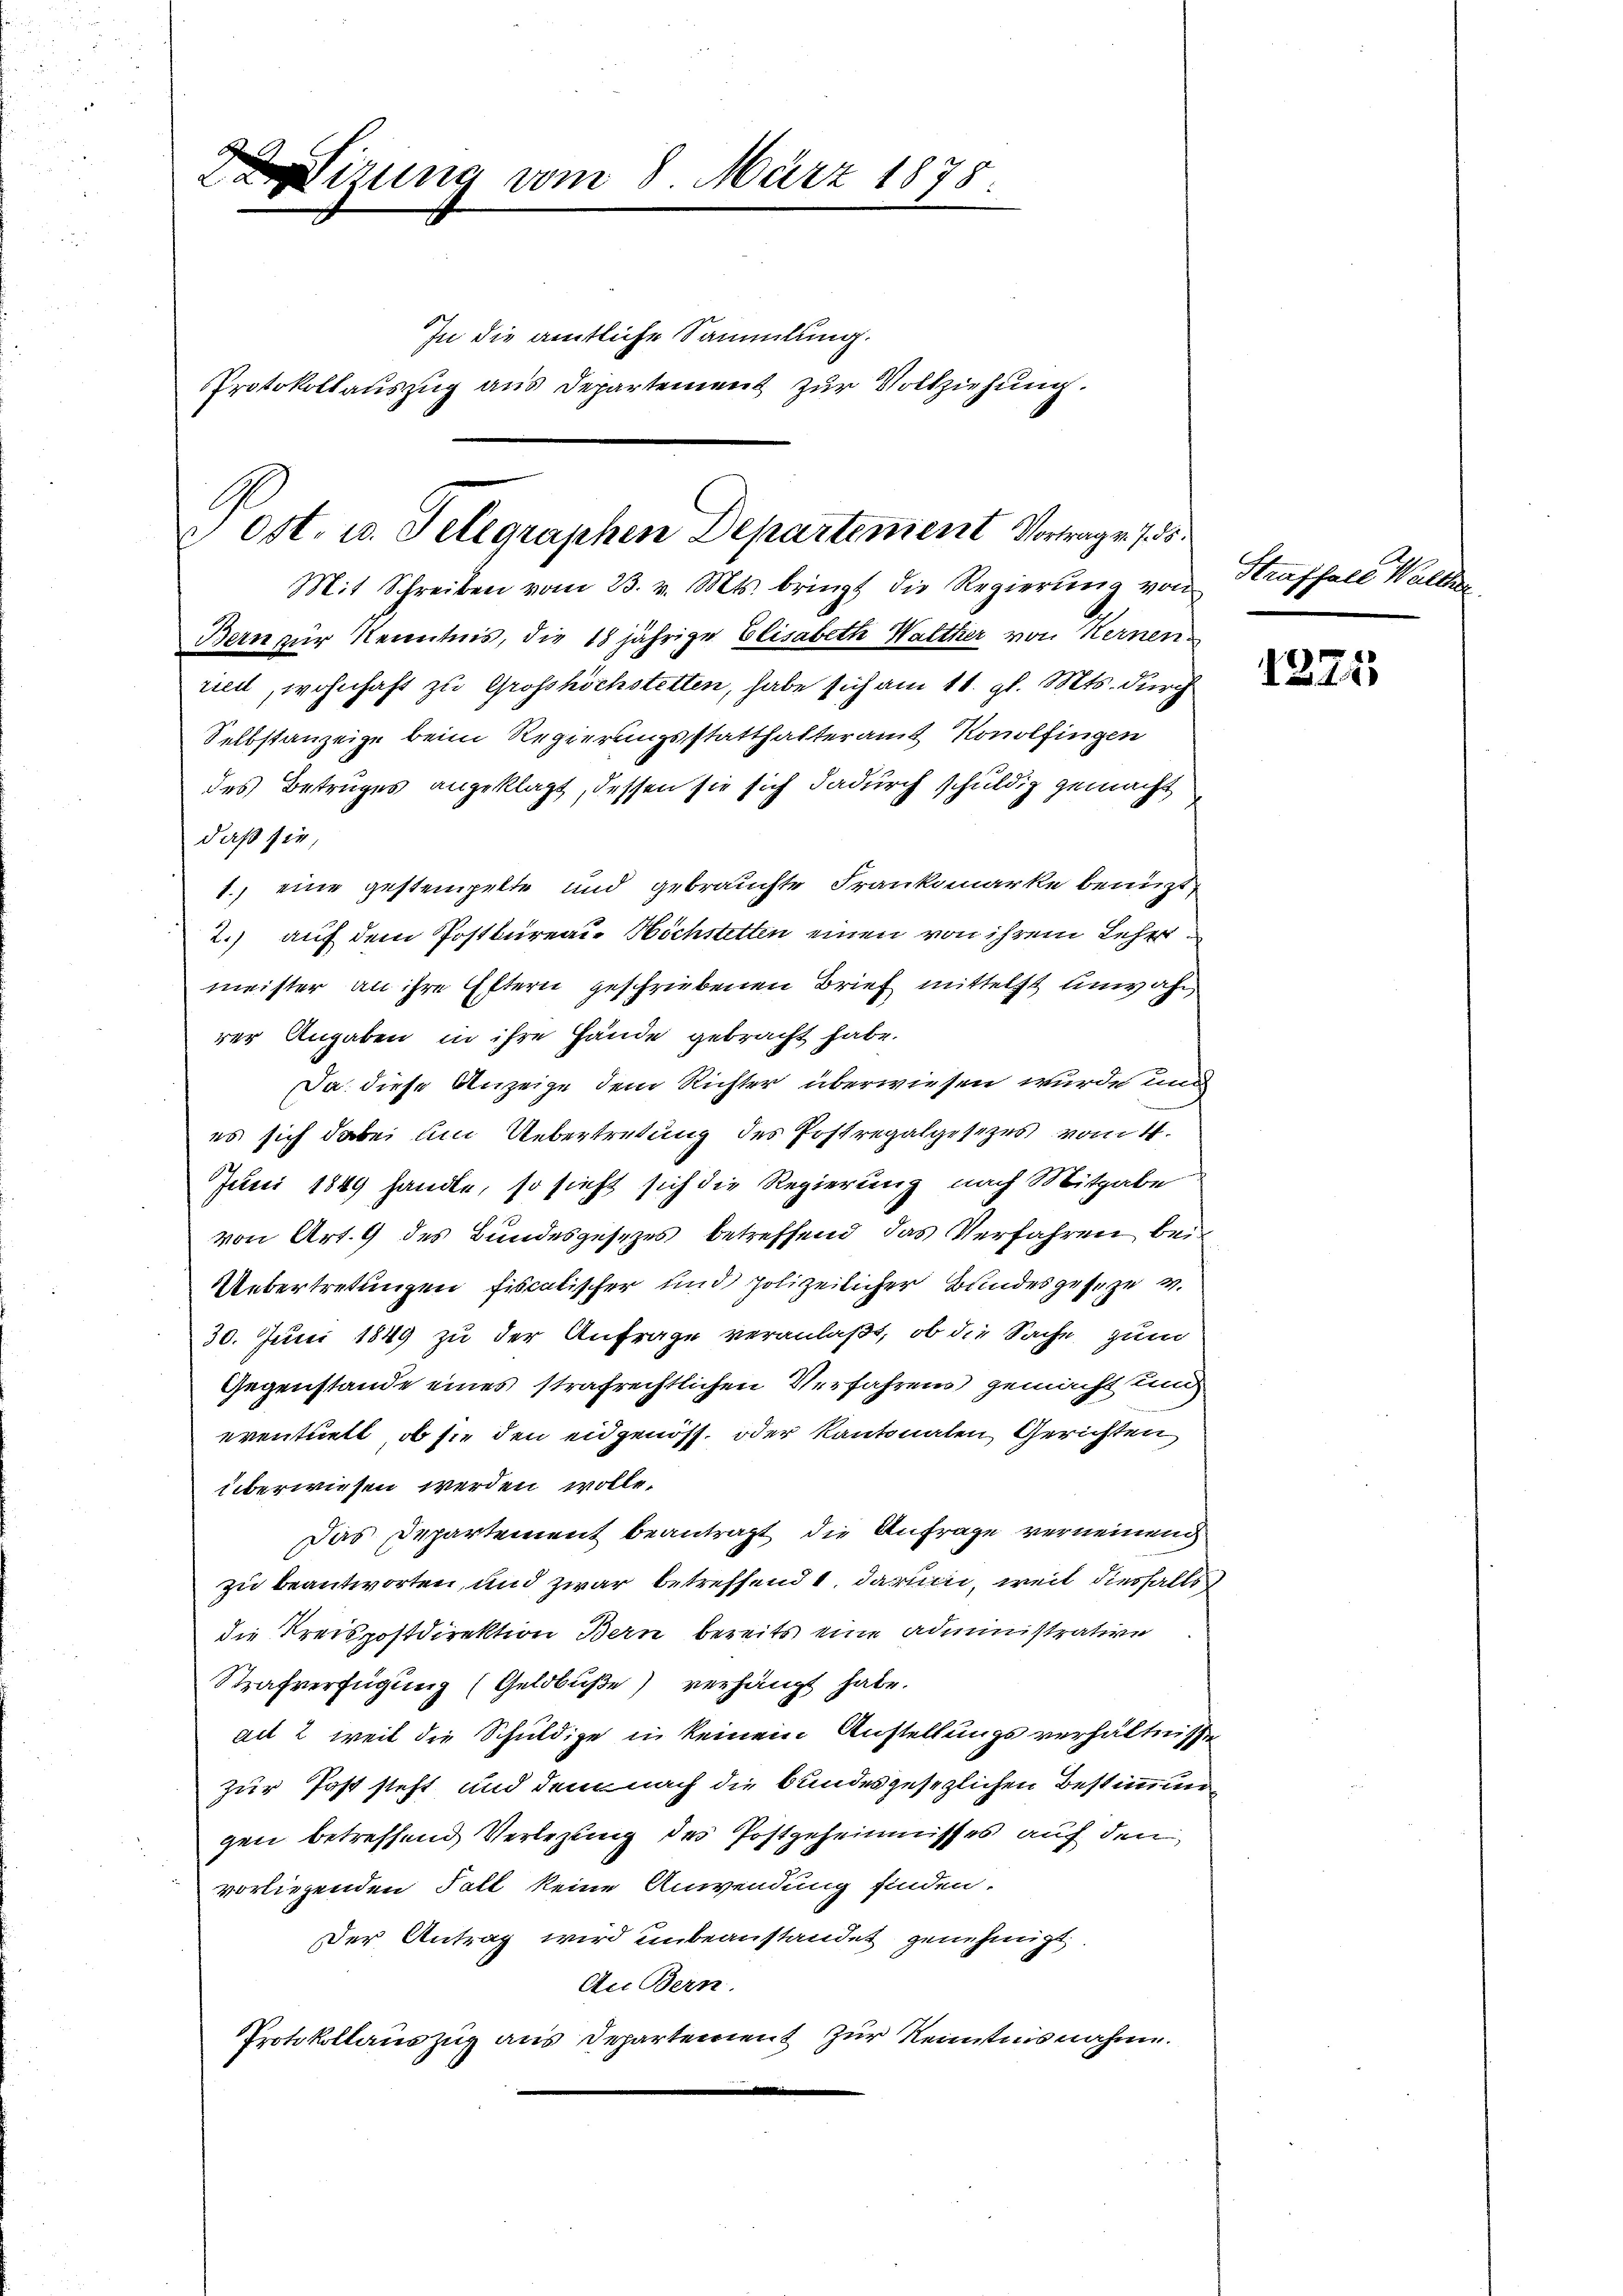
izung vom 8. März 1878
In die amtliche Sammlung.
Protokollauszug aus Departement zur Vollziehung.

Ost. u. Telegraphen Departement Vortrage 7. ds.
Mit Schreiben vom 23. v. Mts. bringt die Regierŭng von
Bern zur Kenntnis, die 18 jährige Elisabeth Walther von Kernen¬

ried, wohnhaft zu Grosshöchstetten, habe sich am 11. gl. Mts. durch
Selbstanzeige beim Regierungsstatthalteramt Konolfingen
des Betruges angeklagt, dessen sie sich dadurch schuldig gemacht
daß sie,
1., eine gestempelte und gebrauchte Frankmarke benuzt
2.) auf dem Postbureau- Höchstetten einen von ihrem Lehrmeister an ihre Eltern geschriebenen Brief mittelst unwahr
rer Angaben in ihre Hände gebracht habe.
Da diese Anzeige dem Richter überwiesen wurde und
es sich dabei um Uebertretung des Postregalgesetzes vom 4.
Juni 1849 handle, so sieht sich die Regierung nach Mitgabe
von Art. 9 des Bundesgesezes betreffend das Verfahren bei
Uebertretungen fiscalischer und polizeilicher Bundesgesetze v.
30. Juni 1849 zu der Anfrage veranlaßt, ob die Sache zum
Gegenstande eines strafrechtlichen Verfahrens gemacht und
eventuell, ob sie den eidgenoss, oder Kantonalen Gerichten
überwiesen werden wolle.
Das Departement beantragt, die Anfrage verneinen
zu beantworten, und zwar betreffend 1. darum, weil diesfalls
die Kreispostdirektion Bern bereits eine administrative
Strafverfügung (Geldbuße) verhängt habe.
ait 2 weil die Schuldige in keinem Anstellungsverhältnisse
zur Post steht und dem nach die bundesgesezlichen Bestimmung
gen betreffend Verlegung des Postgeheimisses auf den
vorliegenden Fall keine Anwendung finden.
Der Antrag wird unbeanstandet genehmigt.
Au Bern.
Protokollauszug aus Departement zur Kenntnisnahm.

Straffall Waller

1225